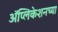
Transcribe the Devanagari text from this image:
अॅप्लिकेशनच्या